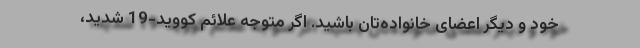
خود و دیگر اعضای خانواده‌تان باشید. اگر متوجه علائم کووید-19 شدید،